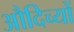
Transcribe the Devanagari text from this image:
औदिच्यों